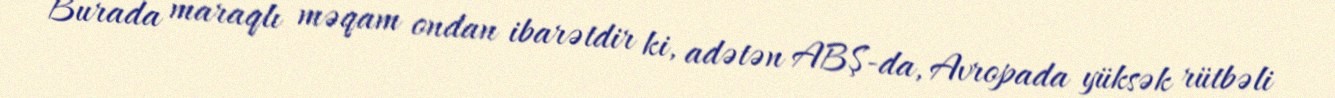
Burada maraqlı məqam ondan ibarətdir ki, adətən ABŞ-da, Avropada yüksək rütbəli